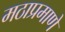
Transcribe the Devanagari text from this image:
मठाप्रमाणे